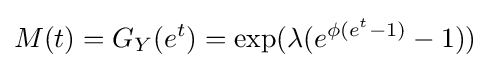
M(t)=G_{Y}(e^{t})=\exp(\lambda (e^{\phi (e^{t}-1)}-1))